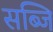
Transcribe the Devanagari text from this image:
सब्जि